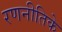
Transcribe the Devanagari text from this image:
रणनीतिके